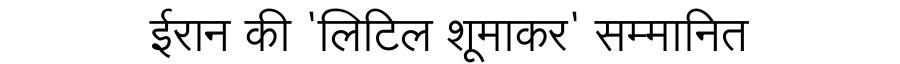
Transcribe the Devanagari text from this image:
ईरान की 'लिटिल शूमाकर' सम्मानित